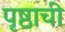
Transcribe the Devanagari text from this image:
पृष्ठाची